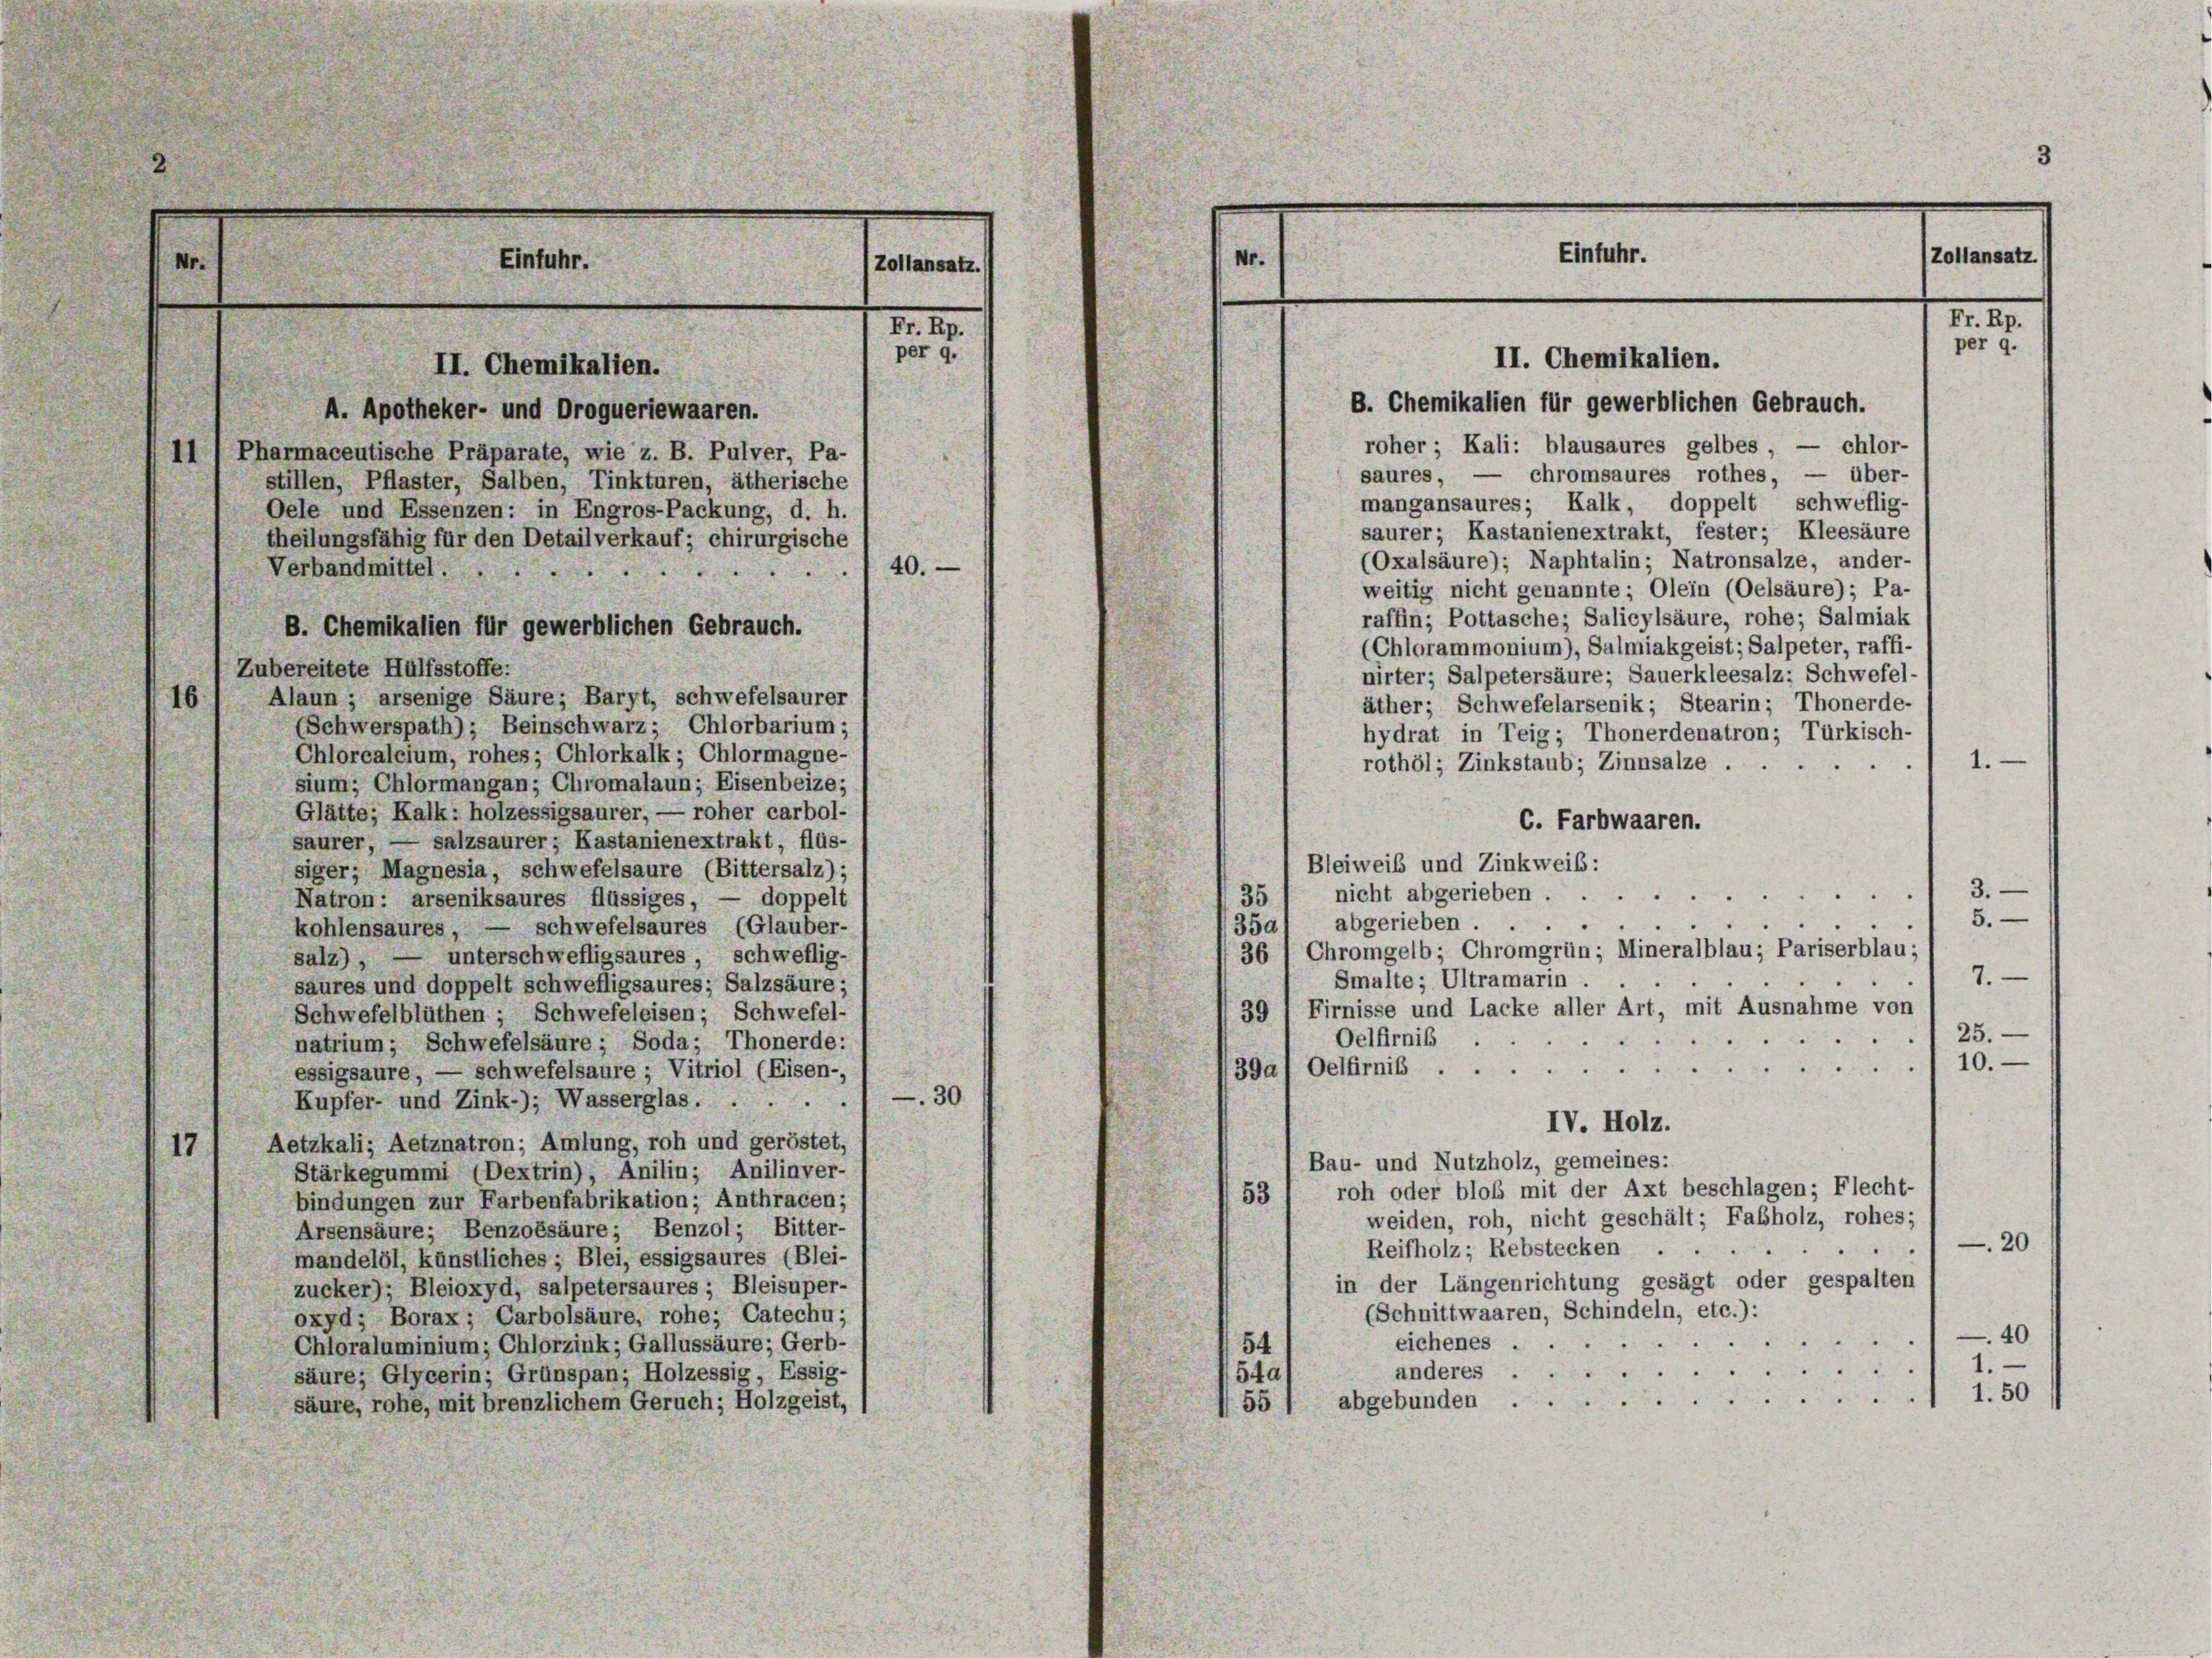
saures, — chromsaures rothes, — über-
mangansaures; Kalk, doppelt schweflig-
saurer; Kastanienextrakt, fester; Kleesäure
(Oxalsäure); Naphtalin; Natronsalze, ander-
weitig nicht genannte; Olein (Oelsäure); Pa-
raffin; Pottasche; Salicylsäure, rohe; Salmiak
(Chlorammonium), Salmiakgeist; Salpeter, raffi-
Zubereitete Hülfsstoffe:
nirter; Salpetersäure; Sauerkleesalz; Schwefel-
Alaun ; arsenige Säure; Baryt, schwefelsaurer
16
äther; Schwefelarsenik; Stearin; Thonerde-
(Schwerspath); Beinschwarz; Chlorbarium;
hydrat in Teig; Thonerdenatron; Türkisch-
Chlorcalcium, rohes; Chlorkalk; Chlormagne-
1.
rothöl; Zinkstaub; Zinnsalze .
sium; Chlormangan; Chromalaun; Eisenbeize;
Glätte; Kalk: holzessigsaurer, — roher carbol-
C. Farbwaaren.
saurer, — salzsaurer; Kastanienextrakt, flüs-
Bleiweib und Zinkweib:
siger; Magnesia, schwefelsaure (Bittersalz);
3.
nicht abgerieben.
"
d
35
doppelt
Natron: arseniksaures flüssiges,
5.
1351 abgerieben
schwefelsaures (Glauber-
kohlensaures, —
36 / Chromgelb; Chromgrün; Mineralblau; Pariserblau;
unterschwefligsaures, schweflig-
salz),
7.
Smalte; Ultramarin
saures und doppelt schwefligsaures; Salzsäure;
39 , Firnisse und Lacke aller Art, mit Ausnahme von
Schwefelblüthen ; Schwefeleisen; Schwefel-
25.
Oelfirnis
natrium; Schwefelsäure ; Soda; Thonerde:
10.
e
39a) Oelfirnis .
essigsaure, — schwefelsaure ; Vitriol (Eisen-,
30
Kupfer- und Zink-); Wasserglas.
.
IV. Holz.
Aetzkali; Aetznatron; Amlung, roh und geröstet,
7
Bau- und Nutzholz, gemeines:
Stärkegummi (Dextrin), Anilin; Anilinver-
roh oder bloß mit der Axt beschlagen; Flecht-
53
bindungen zur Farbenfabrikation; Anthracen;
weiden, roh, nicht geschält; Fabholz, rohes;
Arsensäure; Benzoésäure; Benzol; Bitter-
-20
Reifholz; Rebstecken . .
mandelöl, künstliches ; Blei, essigsaures (Blei-
in der Längenrichtung gesagt oder gespalten
zucker); Bleioxyd, salpetersaures ; Bleisuper-
(Schnittwaaren, Schindeln, etc.):
oxyd; Borax; Carbolsäure, rohe; Catechu;
40
eichenes .
Chloraluminium; Chlorzink; Gallussäure; Gerb-
54
anderes
54a
säure; Glycerin; Grünspan; Holzessig, Essig-
1.50
5

55 / abgebunden
säure, rohe, mit brenzlichem Geruch; Holzgeist,

II. Chemikalien.
A. Apotheker- und Droqueriewaaren.
II 1 Pharmaceutische Präparate, wie z. B. Pulver, Pa-
stillen, Pflaster, Salben, Tinkturen, ätherische
Oele und Essenzen: in Engros-Packung, d. h.
theilungsfähig für den Detailverkauf; chirurgische
Verbandmittel
B. Chemikalien für gewerblichen Gebrauch.

Einfuhr.

40.

Zollansatz.

I. 19.
per 9.

3
Einfuhr.
Zollansatz.
Nr.
Fr. Rp.
per 9.
II. Chemikalien.
B. Chemikalien für gewerblichen Gebrauch.
roher; Kali: blausaures gelbes, — chlor-